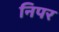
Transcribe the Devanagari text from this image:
निपर